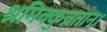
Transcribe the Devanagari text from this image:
श्रमिक्कुन्नतान।